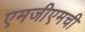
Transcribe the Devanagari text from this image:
एमजीएमची